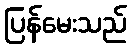
ပြန်မေးသည်